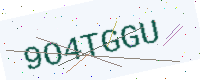
Text: 9O4TGGU